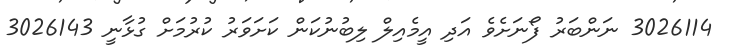
3026114 ނަންބަރު ފޯނަށެވެ އަދި އީމެއިލް ލިބުނުކަން ކަށަވަރު ކުރުމަށް ގުޅާނީ 3026143